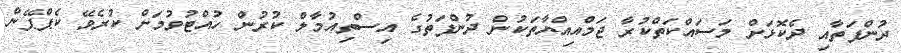
ދުންފަތާއި ދެކޮޅަށް މަސައްކަތްކުރާ ޖަމްއިއްޔާތަކުން ދުންފަތުގެ އިސްތިއުމާލް ކުރުން ހުއްޓުވުމަށް ކުރެވޭ ކެޕްޕޭން